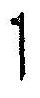
1